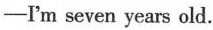
-I'm seven years old.